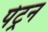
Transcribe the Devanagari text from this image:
पेट्रन